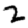
Digit: 2